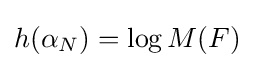
h(\alpha _{N})=\log M(F)